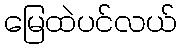
မြေထဲပင်လယ်